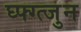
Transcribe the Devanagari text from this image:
घ्फ्ग्त्जुन